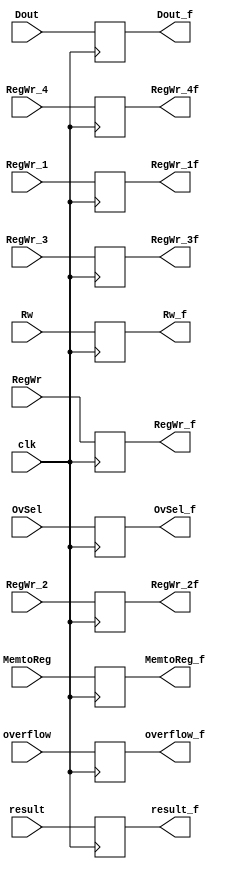
module regMEM_WR
(
	input clk,
	input overflow,
	input [31:0]Dout,
	input [31:0]result,
	input [4:0]Rw,
	input RegWr,
	input RegWr_4,RegWr_3,RegWr_2,RegWr_1,
	input MemtoReg,
	input OvSel,
	output reg overflow_f,
	output reg [31:0]Dout_f,
	output reg [31:0]result_f,
	output reg [4:0]Rw_f,
	output reg RegWr_f,
	output reg RegWr_4f,RegWr_3f,RegWr_2f,RegWr_1f,
	output reg MemtoReg_f,
	output reg OvSel_f
);

always@(posedge clk)
begin
	overflow_f = overflow;
	Dout_f = Dout;
	result_f = result;
	Rw_f = Rw;
	RegWr_f = RegWr;
	MemtoReg_f = MemtoReg;
	OvSel_f = OvSel;
	RegWr_4f = RegWr_4;
	RegWr_3f = RegWr_3;
	RegWr_2f = RegWr_2;
	RegWr_1f = RegWr_1;
end

endmodule